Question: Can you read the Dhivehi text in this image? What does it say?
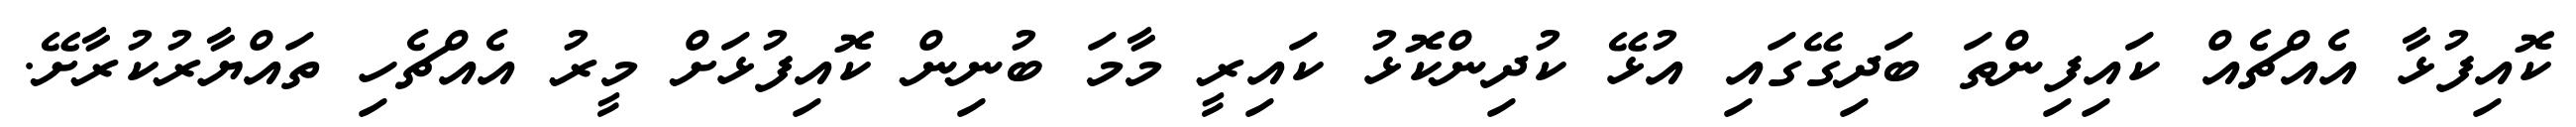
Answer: ކޮއިފުޅާ އެއްޗެއް ކައިފިންތަ ބަދިގޭގައި އުޅޭ ކުދިންކޮޅު ކައިރީ މާމަ ބުނިން ކޮއިފުޅަށް މީރު އެއްޗެހި ތައްޔާރުކުރާށޭ.